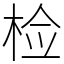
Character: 检